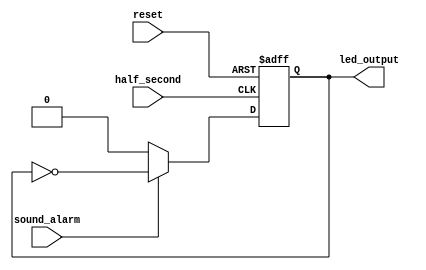
`timescale 1ns / 1ps
module led_driver(
	input  half_second , reset , sound_alarm ,
	output reg led_output
    );
	 
	 always@(posedge half_second , negedge reset)
		begin
			if(!reset)
				led_output <= 1'b0;
			else if(sound_alarm == 0)
				led_output <= 1'b0;
			else
				led_output <= ~led_output; 
		end

endmodule